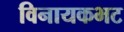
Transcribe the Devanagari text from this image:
विनायकभट